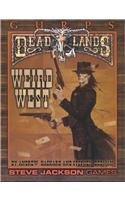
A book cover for GURPS Deadlands Weird West; Andrew Hackard; Science Fiction & Fantasy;